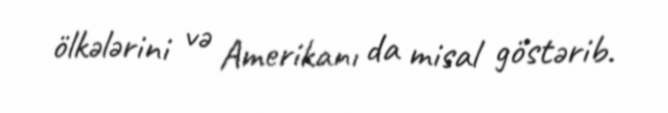
ölkələrini və Amerikanı da misal göstərib.